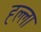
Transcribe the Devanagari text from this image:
ह्ल्ला